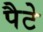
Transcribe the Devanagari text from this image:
पैटे